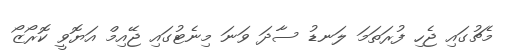
މެޗުގައި ޖެހި ފުރަތަމަ ލަނޑު ސާދަ ވަނަ މިނެޓުގައި ޖޭއިމް އަޔޮވީ ކޮރޯޒޯ